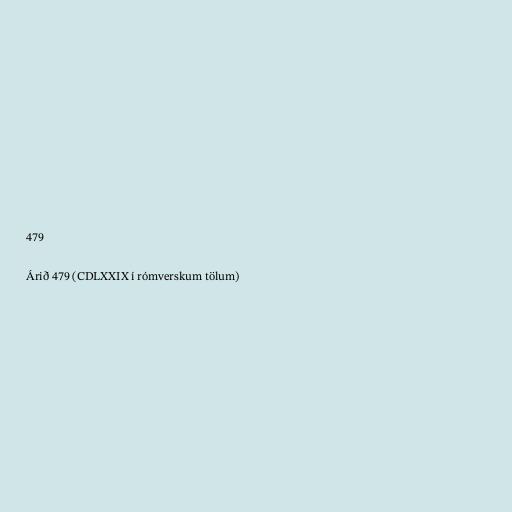
479

Árið 479 (CDLXXIX í rómverskum tölum)